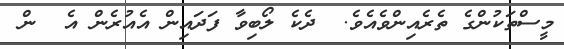
މީސްތަކުންގެ ތެރެއިންވެއެވެ.  ދެކެ ލޯބިވާ ފަދައިން އެއުރެން އެ  ން